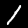
Label: 1